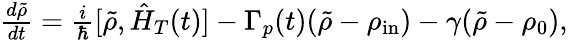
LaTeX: \begin{array}{r}{\frac{d\tilde{\rho}}{dt}=\frac{i}{\hbar}[\tilde{\rho},\hat{H}_{T}(t)]-\Gamma_{p}(t)(\tilde{\rho}-\rho_{\mathrm{in}})-\gamma(\tilde{\rho}-\rho_{0}),}\end{array}